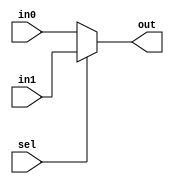
module mux2(in1, in0, sel, out);
input in1, in0, sel;
output reg out;


always@(*)
    
    if(sel)  // sel = sel==1
    out=in1;
    else 
    out=in0;

endmodule